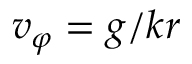
v _ { \varphi } = g / k r